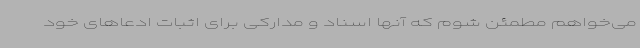
می‌خواهم مطمئن شوم که آنها اسناد و مدارکی برای اثبات ادعاهای خود